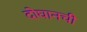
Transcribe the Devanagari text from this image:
दोघानची